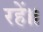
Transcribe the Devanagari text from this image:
रहें॥